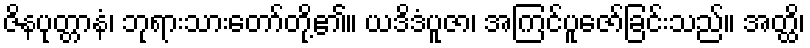
ဇိနပုတ္တာနံ၊ ဘုရားသားတော်တို့၏။ ယဒိဒံပူဇာ၊ အကြင်ပူဇော်ခြင်းသည်။ အတ္ထိ၊